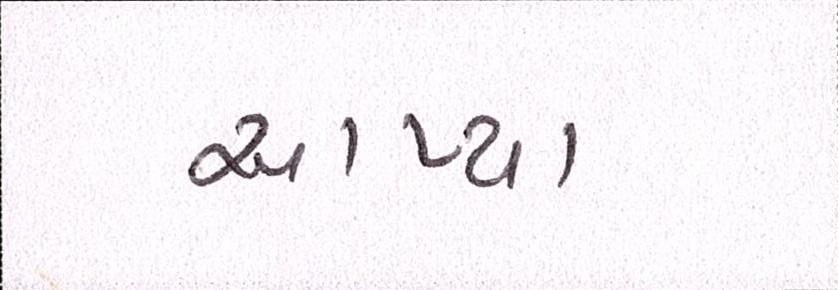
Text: આપ્યા